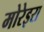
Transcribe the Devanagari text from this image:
मोरेइरा